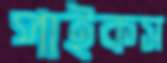
পাইকস